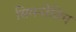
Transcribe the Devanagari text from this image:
सिमनोविच